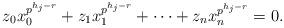
LaTeX: \begin{align*}z_0x_0^{p^{h_{j}-r}}+z_1x_1^{p^{h_{j}-r}}+\cdots+z_nx_n^{p^{h_{j}-r}}=0.\end{align*}